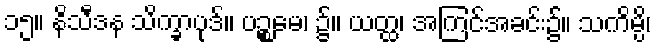
၁၅။ နိသီဒန သိက္ခာပုဒ်။ ပဉ္စမေ၊ ၌။ ယတ္ထ၊ အကြင်အခင်း၌။ သကိမ္ပိ၊